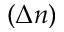
( \Delta n )